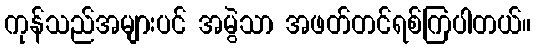
ကုန်သည်အများပင် အမွဲသာ အဖတ်တင်ရစ်ကြပါတယ်။